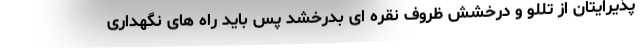
پذیرایتان از تللو و درخشش ظروف نقره ای بدرخشد پس باید راه های نگهداری